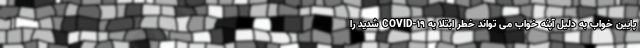
پایین خواب به دلیل آپنه خواب می تواند خطر ابتلا به COVID-19 شدید را